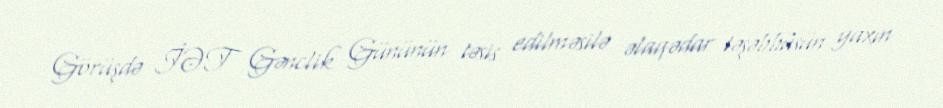
Görüşdə İƏT Gənclik Gününün təsis edilməsilə əlaqədar təşəbbüsün yaxın